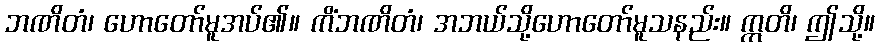
ဘဏိတံ၊ ဟောတော်မူအပ်၏။ ကိံဘဏိတံ၊ အဘယ်သို့ဟောတော်မူသနည်း။ ဣတိ၊ ဤသို့။